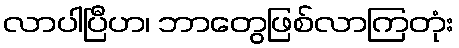
လာပါပြီဟ၊ ဘာတွေဖြစ်လာကြတုံး